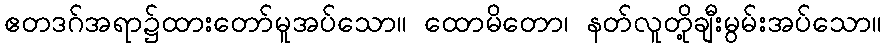
ဧတဒဂ်အရာ၌ထားတော်မူအပ်သော။ ထောမိတော၊ နတ်လူတို့ချီးမွမ်းအပ်သော။